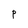
Character: P